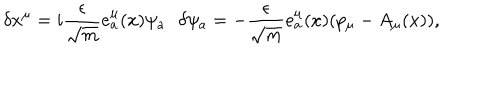
\delta x ^ { \mu } = i \frac { \epsilon } { \sqrt { m } } e _ { a } ^ { \mu } ( x ) \psi _ { a } \, \ \ \delta \psi _ { a } = - \frac { \epsilon } { \sqrt { m } } e _ { a } ^ { \mu } ( x ) ( p _ { \mu } - A _ { \mu } ( x ) ) ,